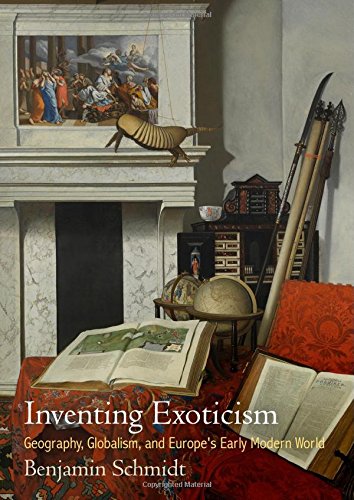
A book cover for Inventing Exoticism: Geography, Globalism, and Europe's Early Modern World (Material Texts); Benjamin Schmidt; History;